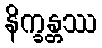
နိက္ခန္တဿ